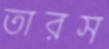
তারস